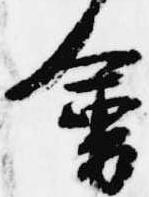
会